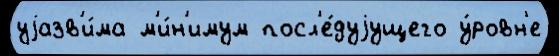
уjазв'и́ма м'и́н'имум посл'е́дуjущего у́ровн'е